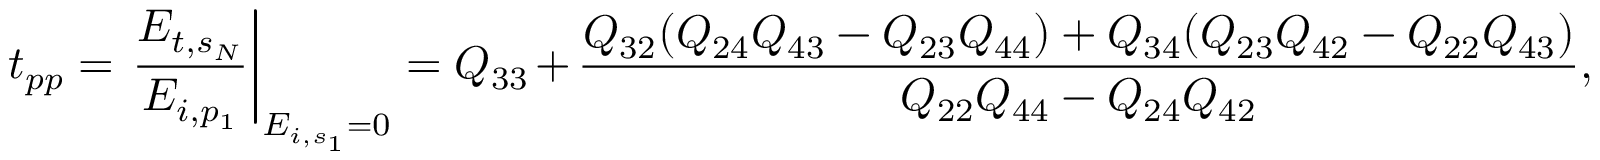
t _ { p p } = \left. \frac { E _ { t , s _ { N } } } { E _ { i , p _ { 1 } } } \right\vert _ { E _ { i , s _ { 1 } } = 0 } = Q _ { 3 3 } + \frac { Q _ { 3 2 } ( Q _ { 2 4 } Q _ { 4 3 } - Q _ { 2 3 } Q _ { 4 4 } ) + Q _ { 3 4 } ( Q _ { 2 3 } Q _ { 4 2 } - Q _ { 2 2 } Q _ { 4 3 } ) } { Q _ { 2 2 } Q _ { 4 4 } - Q _ { 2 4 } Q _ { 4 2 } } ,